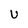
Character: U